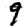
Digit: 9